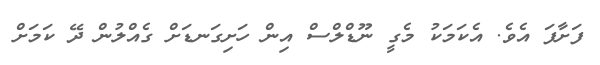
ފަށާފަ އެވެ. އެކަމަކު މެގީ ނޫޑްލްސް އިން ހަށިގަނޑަށް ގެއްލުން ދޭ ކަމަށް